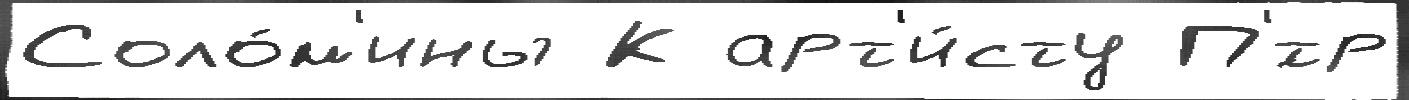
Соло́м'ины К арт'и́сту П'́тр